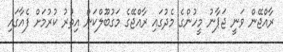
ރާއްޖޭން ވަނީ ޖަޕާނު މީހުންގެ މެދުގައި ރާއްޖޭގެ މަގުބޫލްކަން އިތުރު ކުރުމަށް ފެއާގައި